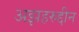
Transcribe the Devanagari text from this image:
अझहरुद्दीन